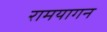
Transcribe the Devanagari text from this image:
रामयागन